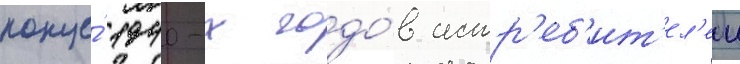
конце́ 1940-х годо́в истр'еб'ит'ел'еи